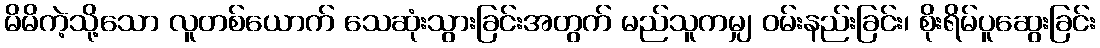
မိမိကဲ့သို့သော လူတစ်ယောက် သေဆုံးသွားခြင်းအတွက် မည်သူကမျှ ဝမ်းနည်းခြင်း၊ စိုးရိမ်ပူဆွေးခြင်း